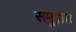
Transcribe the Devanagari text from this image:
समु्द्रात